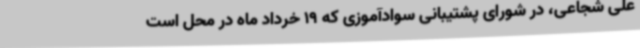
علی شجاعی، در شورای پشتیبانی سوادآموزی که 19 خرداد ماه در محل است